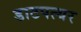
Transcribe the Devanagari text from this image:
डाटपत्थर